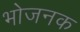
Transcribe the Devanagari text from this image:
भोजनक